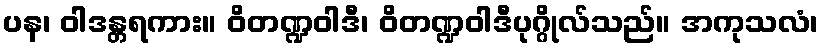
ပန၊ ဝါဒန္တရကား။ ဝိတဏ္ဍဝါဒီ၊ ဝိတဏ္ဍဝါဒီပုဂ္ဂိုလ်သည်။ အကုသလံ၊